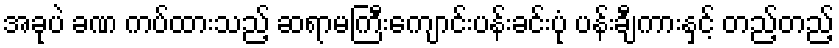
အခုပဲ ခဏ ကပ်ထားသည့် ဆရာမကြီးကျောင်းပန်းခင်းပုံ ပန်းချီကားနှင့် တည့်တည့်